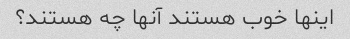
اینها خوب هستند آنها چه هستند؟